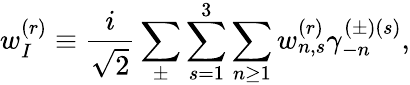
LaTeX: w_{I}^{(r)}\equiv\frac{i}{\sqrt{2}}\sum_{\pm}\sum_{s=1}^{3}\sum_{n\ge 1}w_{n,s}^{(r)}\gamma_{-n}^{(\pm)(s)},